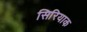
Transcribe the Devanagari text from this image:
सिरियाक